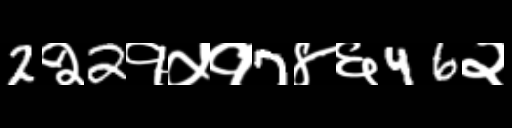
Text: 2२2१५१7४६46२